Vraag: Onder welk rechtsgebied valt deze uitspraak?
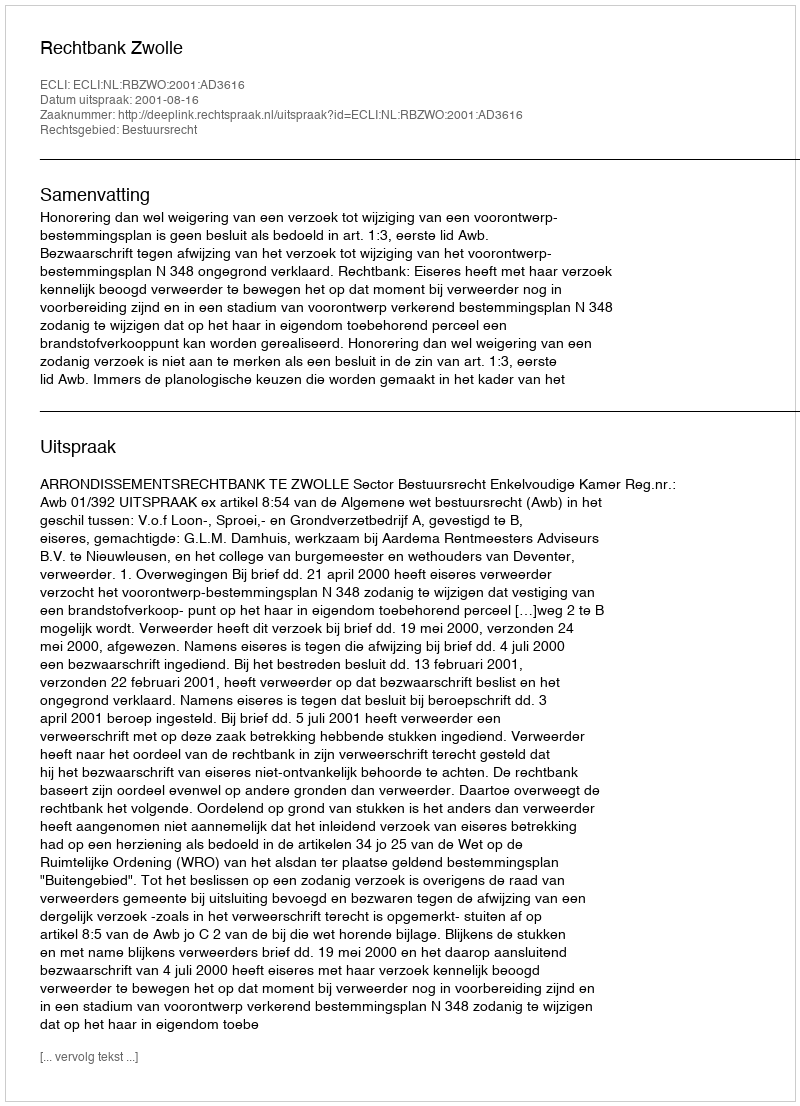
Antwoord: Bestuursrecht